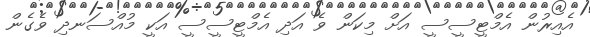
އެއިރުން އެމްޓީސީސީ އަށް މިކަން ވެ އަދި އެމްޓީސީސީ އަކީ މުއްސަނދި ވެގެން